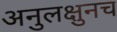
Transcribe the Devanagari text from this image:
अनुलक्षुनच